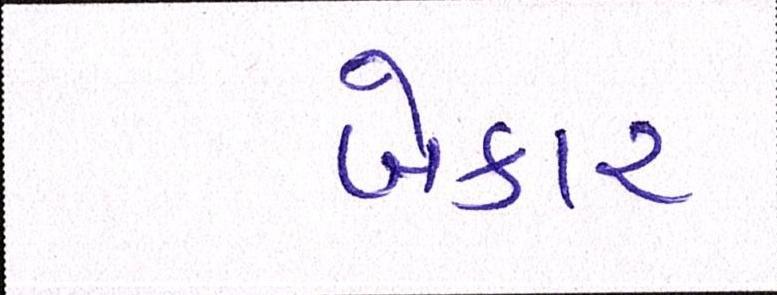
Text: બેકાર